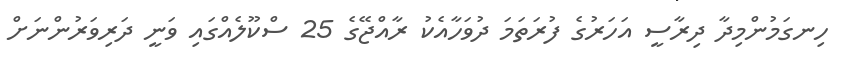
ހިނގަމުންމިދާ ދިރާސީ އަހަރުގެ ފުރަތަމަ ދުވަހާއެކު ރާއްޖޭގެ 25 ސްކޫލެއްގައި ވަނީ ދަރިވަރުންނަށް